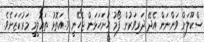
ސްކޫލަށް ވަންނަން އެދޭ ދަރިވަރުން ފޯމު ހުށަހަޅަން ޖެހޭނީ ވ.އަތޮޅު ތަޢުލީމީ މަރުކަޒަށެވެ.